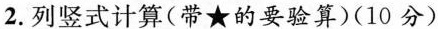
2.列竖式计算(带★的要验算)(10分)